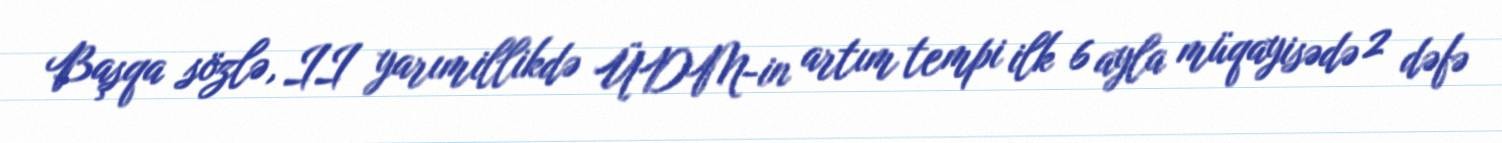
Başqa sözlə, II yarımillikdə ÜDM-in artım tempi ilk 6 ayla müqayisədə 2 dəfə